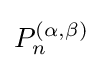
P_{n}^{(\alpha ,\beta )}